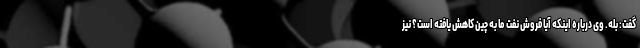
گفت: بله. وی درباره اینکه آیا فروش نفت ما به چین کاهش یافته است؟ نیز